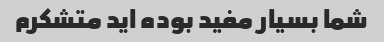
شما بسیار مفید بوده اید متشکرم